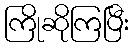
ကြိုဆိုကြပြီး